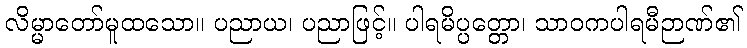
လိမ္မာတော်မူထသော။ ပညာယ၊ ပညာဖြင့်။ ပါရမိပ္ပတ္တော၊ သာဝကပါရမီဉာဏ်၏